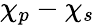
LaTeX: {\chi_{p}-\chi_{s}}